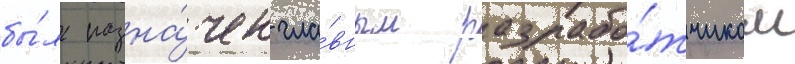
бы́л назна́чен гла́вным разрабо́тчиком